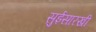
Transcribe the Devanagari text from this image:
सुईसारखी